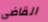
القاضى